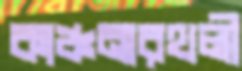
কাঞ্চনারথলী